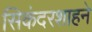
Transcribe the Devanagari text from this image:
सिकंदरशाहने